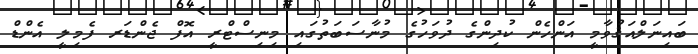
ބައިނަލްއަޤުވާމީ އަންހެން ކުދިންގެ ދުވަހުގެ މުނާސަބަތުގައި މިނިސްޓްރީ އޮފް ޖެންޑަރ ފެމިލީ އެންޑް